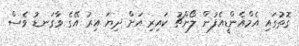
ގޮތުގައި އެމްއެންޑީއެފުން ލޯންޗު ކައިރި އަށް ދިޔަ އިރު އޭގެ ވާގަނޑު ވެސް